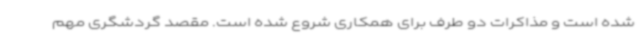
شده است و مذاکرات دو طرف برای همکاری شروع شده است. مقصد گردشگری مهم